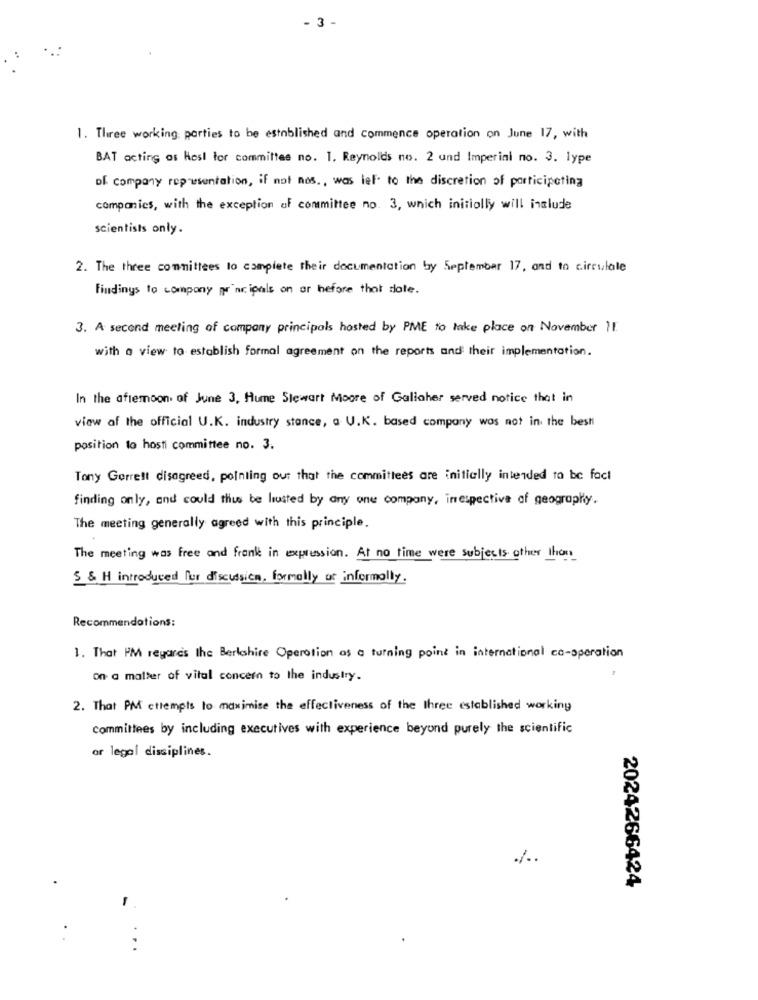
- 3 -
1. Three working parties to be established and commence operation on June 17, with
BAT acting as Hesl for committee no. 1. Reynolds no. 2 und Imperini no. 3. lype
of company representation, if not nos ., was lef. to the discretion of participating
companies, with the exception of committee no. 3, which initially will include
scientists only.
2. The three committees lo complete their documentation by September 17, and to circulale
Findings to company principals on or before that date.
3. A second meeting of company principals hosted by PME to take place on November 11.
with a view to establish formal agreement on the reports and their implementation.
In the afternoon of June 3. Hume Stewart Moore of Gallaher served notice that in
view af the official U.K. industry stance, a U.K. based company was not in the best
position to hosti committee no. 3.
Tony Gorrett disagreed, pointing out that the committees are initially intended to be fact
finding only, and could this be listed by any one company, inrespective of geography.
The meeting generally agreed with this principle.
The meeting was free and frank in expression. At no time were subjects other than
S & H introduced for discussion, formally or informally.
Recommendations:
1. That PM regards Ihe Berlashire Operation as a turning point in international co-operation
On a matter of vital concern to the industry.
2. That PM cttempts lo maximise the effectiveness of the Ihree established working
committees by including executives with experience beyund purely the scientific
or legal disciplines.
%.
2024266424